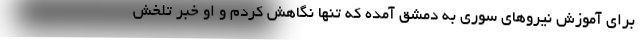
برای آموزش نیروهای سوری به دمشق آمده که تنها نگاهش کردم و او خبر تلخش